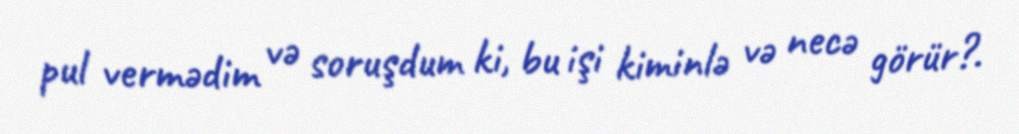
pul vermədim və soruşdum ki, bu işi kiminlə və necə görür?.